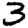
Digit: 3